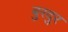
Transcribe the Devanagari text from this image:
बुरदुर